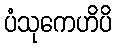
ပံသုကေဟိပိ